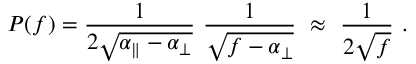
P ( f ) = \frac { 1 } { 2 \sqrt { \alpha _ { \parallel } - \alpha _ { \perp } } } ~ \frac { 1 } { \sqrt { f - \alpha _ { \perp } } } ~ \approx ~ \frac { 1 } { 2 \sqrt { f } } ~ .